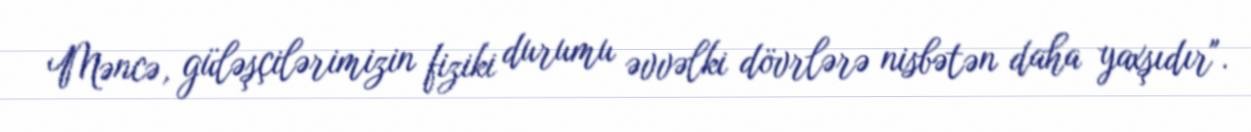
Məncə, güləşçilərimizin fiziki durumu əvvəlki dövrlərə nisbətən daha yaxşıdır".